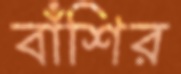
বাঁশির